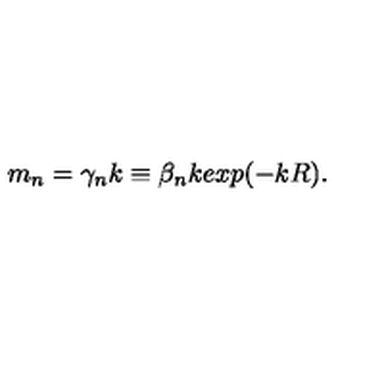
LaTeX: m _ { n } = \gamma _ { n } k \equiv \beta _ { n } k e x p ( - k R ) .